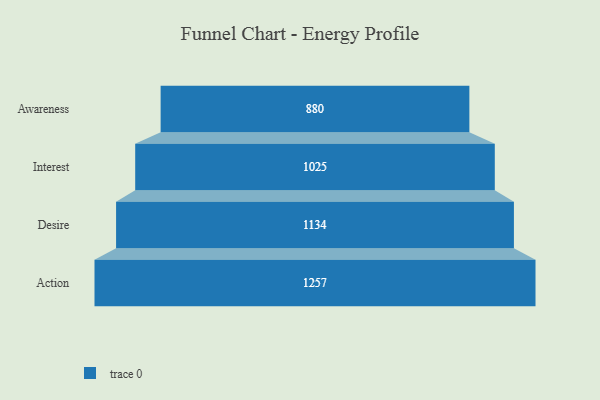
{"axis": {"x": "Stage", "y": "Value"}, "legend": [""], "data": [{"x": "Awareness", "y": 880.0, "type": ""}, {"x": "Interest", "y": 1025.0, "type": ""}, {"x": "Desire", "y": 1134.0, "type": ""}, {"x": "Action", "y": 1257.0, "type": ""}]}